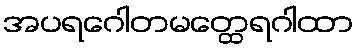
အပရဂေါတမတ္ထေရဂါထာ